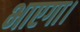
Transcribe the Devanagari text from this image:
भाएगा।